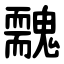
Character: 䰭